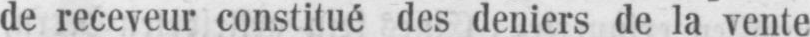
de receveur constitué des deniers de la vente